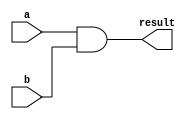
module logical_and(input wire [31:0] a, b, output wire [31:0] result);

	assign result = a & b;

endmodule


module logical_or(input wire [31:0] a, b, output wire [31:0] result);
	
    assign result = a | b;

endmodule


module logical_neg(input wire [31:0] b, output wire [31:0] result);

	assign result = ~b + 1;

endmodule


module logical_not(input wire [31:0] b, output wire [31:0] result);

	assign result = ~b;

endmodule